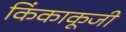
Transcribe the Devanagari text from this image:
किंकाकूजी